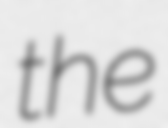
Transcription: the